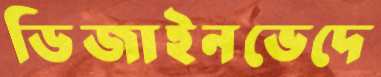
ডিজাইনভেদে